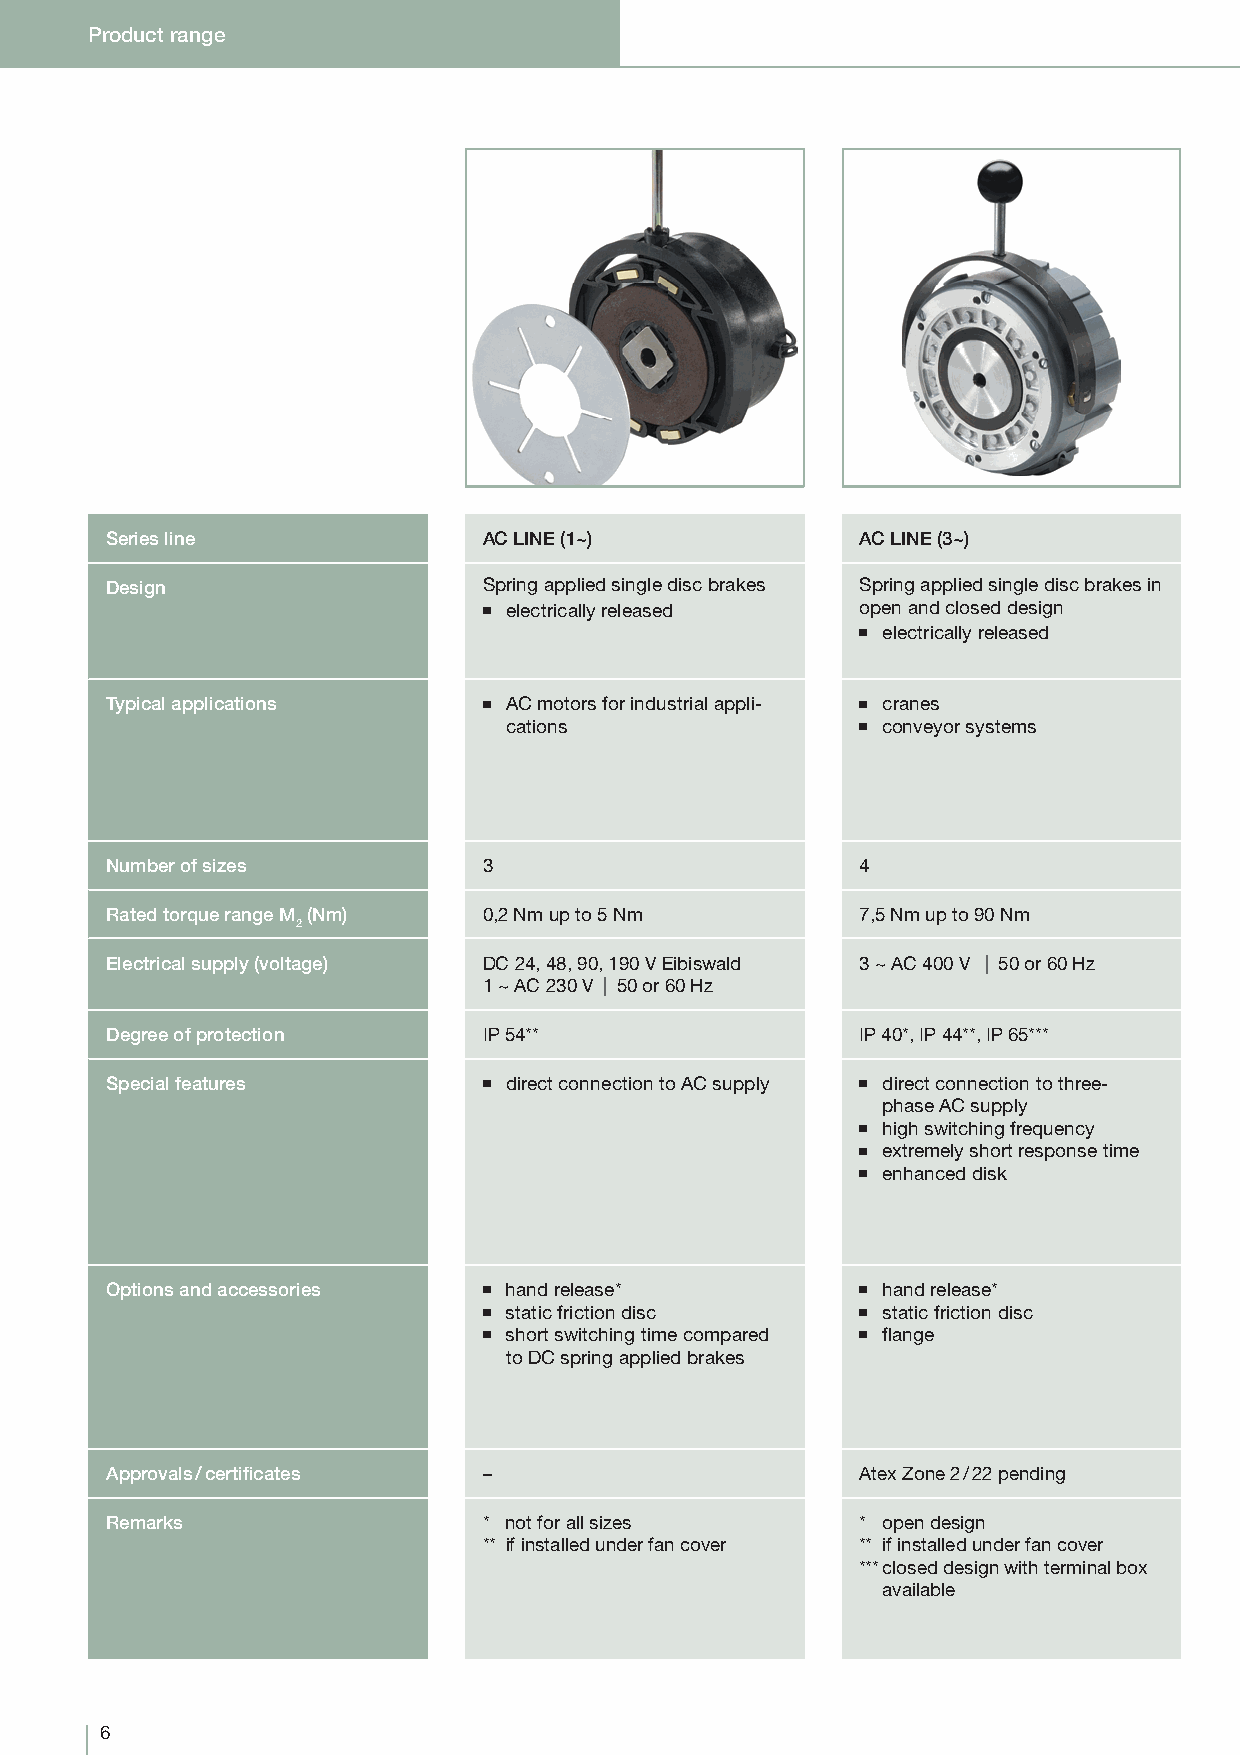
Product range
 Series line              AC LINE (1~)             AC LINE (3~)
 Design                   Spring applied single disc brakes Spring applied single disc brakes in
 ■ electrically released  open and closed design
 ■ electrically released
 Typical applications     ■ AC motors for industrial appli- ■ cranes
 cations                 ■ conveyor systems
 Number of sizes          3                        4
 Rated torque range M (Nm) 0,2 Nm up to 5 Nm       7,5 Nm up to 90 Nm
 2
 Electrical supply (voltage) DC 24, 48, 90, 190 V Eibiswald 3 ~ AC 400 V | 50 or 60 Hz
 1 ~ AC 230 V | 50 or 60 Hz
 Degree of protection     IP 54**                  IP 40*, IP 44**, IP 65***
 Special features         ■ direct connection to AC supply ■ direct connection to three-
 phase AC supply
 ■ high switching frequency
 ■ extremely short response time
 ■ enhanced disk
 Options and accessories  ■ hand release*          ■ hand release*
 ■ static friction disc   ■ static friction disc
 ■ short switching time compared ■ fl ange
 to DC spring applied brakes
 Approvals / certifi cates –                       Atex Zone 2 / 22 pending
 Remarks                  * not for all sizes      * open design
 ** if installed under fan cover ** if installed under fan cover
 *** closed design with terminal box
 available
 6